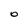
Character: o